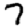
Digit: 7